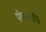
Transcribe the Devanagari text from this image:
पंचवर्गीय